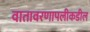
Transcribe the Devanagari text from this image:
वातावरणापलीकडील